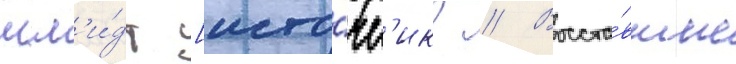
шм'и́дт [исто́чн'ик? // Восста́вшие